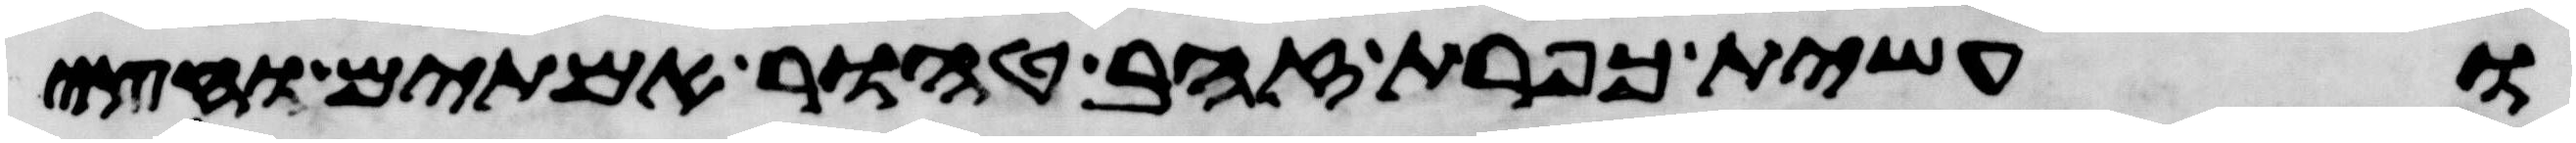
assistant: ועשית כפרת זהב טהור אמתים וחצי